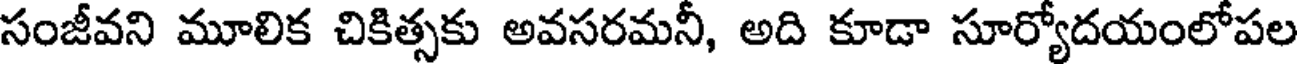
సంజీవని మూలిక చికిత్సకు అవసరమనీ, అది కూడా సూర్యోదయంలోపల